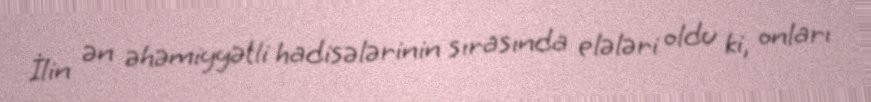
İlin ən əhəmiyyətli hadisələrinin sırasında elələri oldu ki, onları